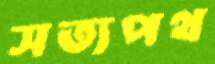
সত্যপথ